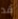
قد